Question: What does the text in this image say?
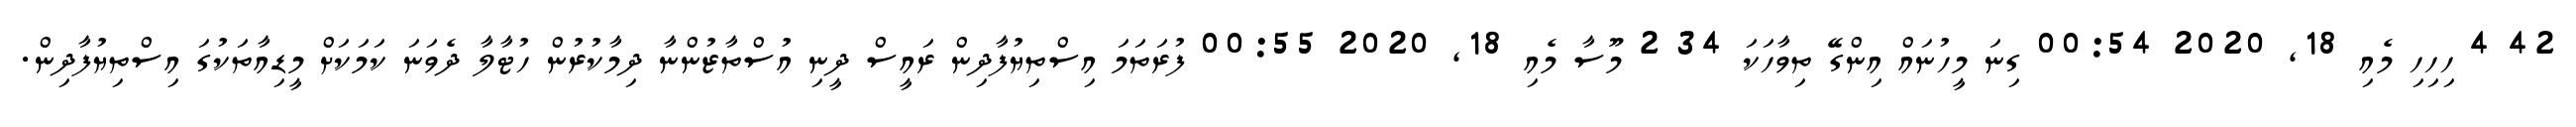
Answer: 42 4 ހިހިހި މެއި 18, 2020 00:54 ގިނަ މީހުނައް އިންގޭ ތިވާހަކަ 34 2 މޫސާ މެއި 18, 2020 00:55 ފުރަތަމަ އިސްތިޔުފާދިން ރައީސް ދީނި އުސްތާޒުންނާ ދިމާކުރުން ހުޓާލާ ދެވަނަ ކަމަކަށް މީޑިއާތަކުގަ އިސްތިޔުފާދިން.